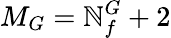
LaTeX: M_{G}=\mathbb{N}_{f}^{G}+2